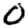
Digit: 0